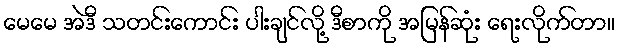
မေမေ အဲဒီ သတင်းကောင်း ပါးချင်လို့ ဒီစာကို အမြန်ဆုံး ရေးလိုက်တာ။